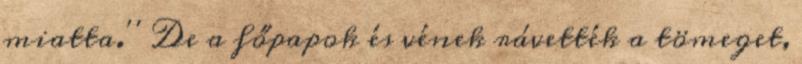
miatta.'' De a főpapok és vének rávették a tömeget,